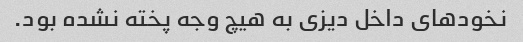
نخود‌های داخل دیزی به هیچ وجه پخته نشده بود.